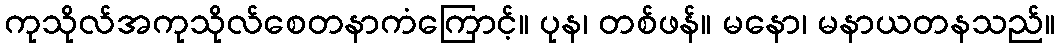
ကုသိုလ်အကုသိုလ်စေတနာကံကြောင့်။ ပုန၊ တစ်ဖန်။ မနော၊ မနာယတနသည်။